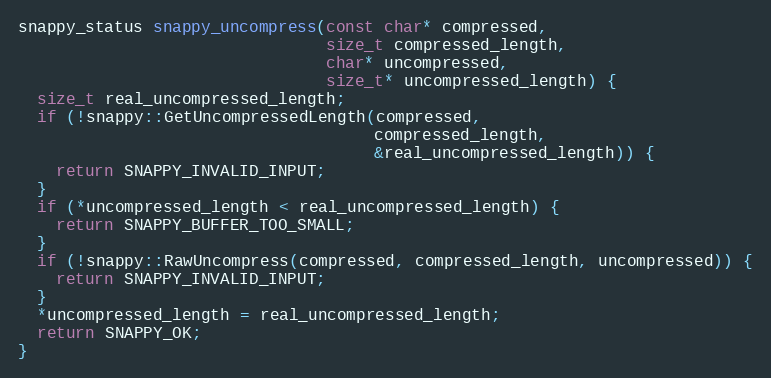
Language: C++
snappy_status snappy_uncompress(const char* compressed,
                                size_t compressed_length,
                                char* uncompressed,
                                size_t* uncompressed_length) {
  size_t real_uncompressed_length;
  if (!snappy::GetUncompressedLength(compressed,
                                     compressed_length,
                                     &real_uncompressed_length)) {
    return SNAPPY_INVALID_INPUT;
  }
  if (*uncompressed_length < real_uncompressed_length) {
    return SNAPPY_BUFFER_TOO_SMALL;
  }
  if (!snappy::RawUncompress(compressed, compressed_length, uncompressed)) {
    return SNAPPY_INVALID_INPUT;
  }
  *uncompressed_length = real_uncompressed_length;
  return SNAPPY_OK;
}